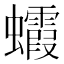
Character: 𧕖